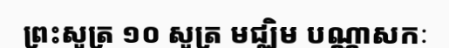
ព្រះសូត្រ ១០ សូត្រ មជ្ឈិម បណ្ណាសកៈ